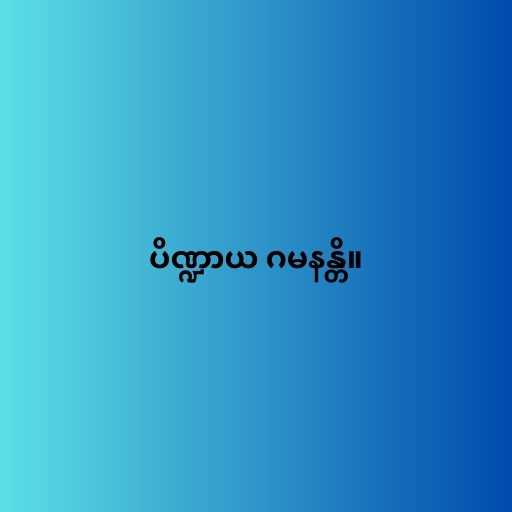
ပိဏ္ဍာယ ဂမနန္တိ။